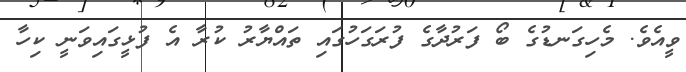
ވީއެވެ. މެހިގަނޑުގެ ބޯ ފަރުދާގެ ފުރަގަހުގައި ތައްޔާރު ކުރާ އެ ފުޅީގައިވަނީ ކިހާ